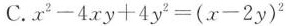
C.$$x^{2} - 4 x y + 4 y^{2} = ( x - 2 y )^{2}$$